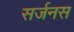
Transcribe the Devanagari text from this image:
सर्जनस